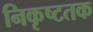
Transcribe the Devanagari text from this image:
निकृष्टतक